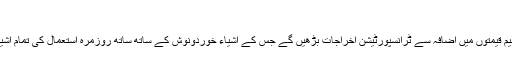
(خبر جاری ہے)
انہوں نے کہا کہ پٹرولیم قیمتوں میں اضافہ سے ٹرانسپورٹیشن اخراجات بڑھیں گے جس کے اشیاء خوردونوش کے ساتھ ساتھ روزمرہ استعمال کی تمام اشیاء مہنگی ہوجائیں گی۔